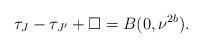
LaTeX: \begin{align*}\tau_{J} - \tau_{J'} + \Box = B(0, \nu^{2b}).\end{align*}